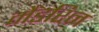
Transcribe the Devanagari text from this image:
मैंडरिन